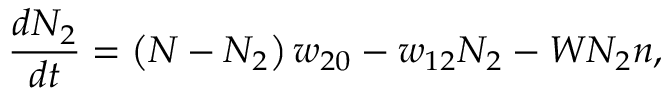
\frac { d N _ { 2 } } { d t } = \left( N - N _ { 2 } \right) w _ { 2 0 } - w _ { 1 2 } N _ { 2 } - W N _ { 2 } n ,